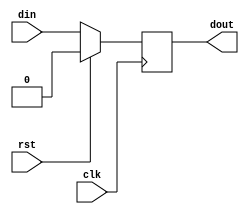
module dFlip(clk,rst,din,dout);
input clk,rst,din;
output reg dout;
always @ (negedge clk)
begin
if(rst)
dout <= 1'b0;
else
dout <= din;
end
endmodule